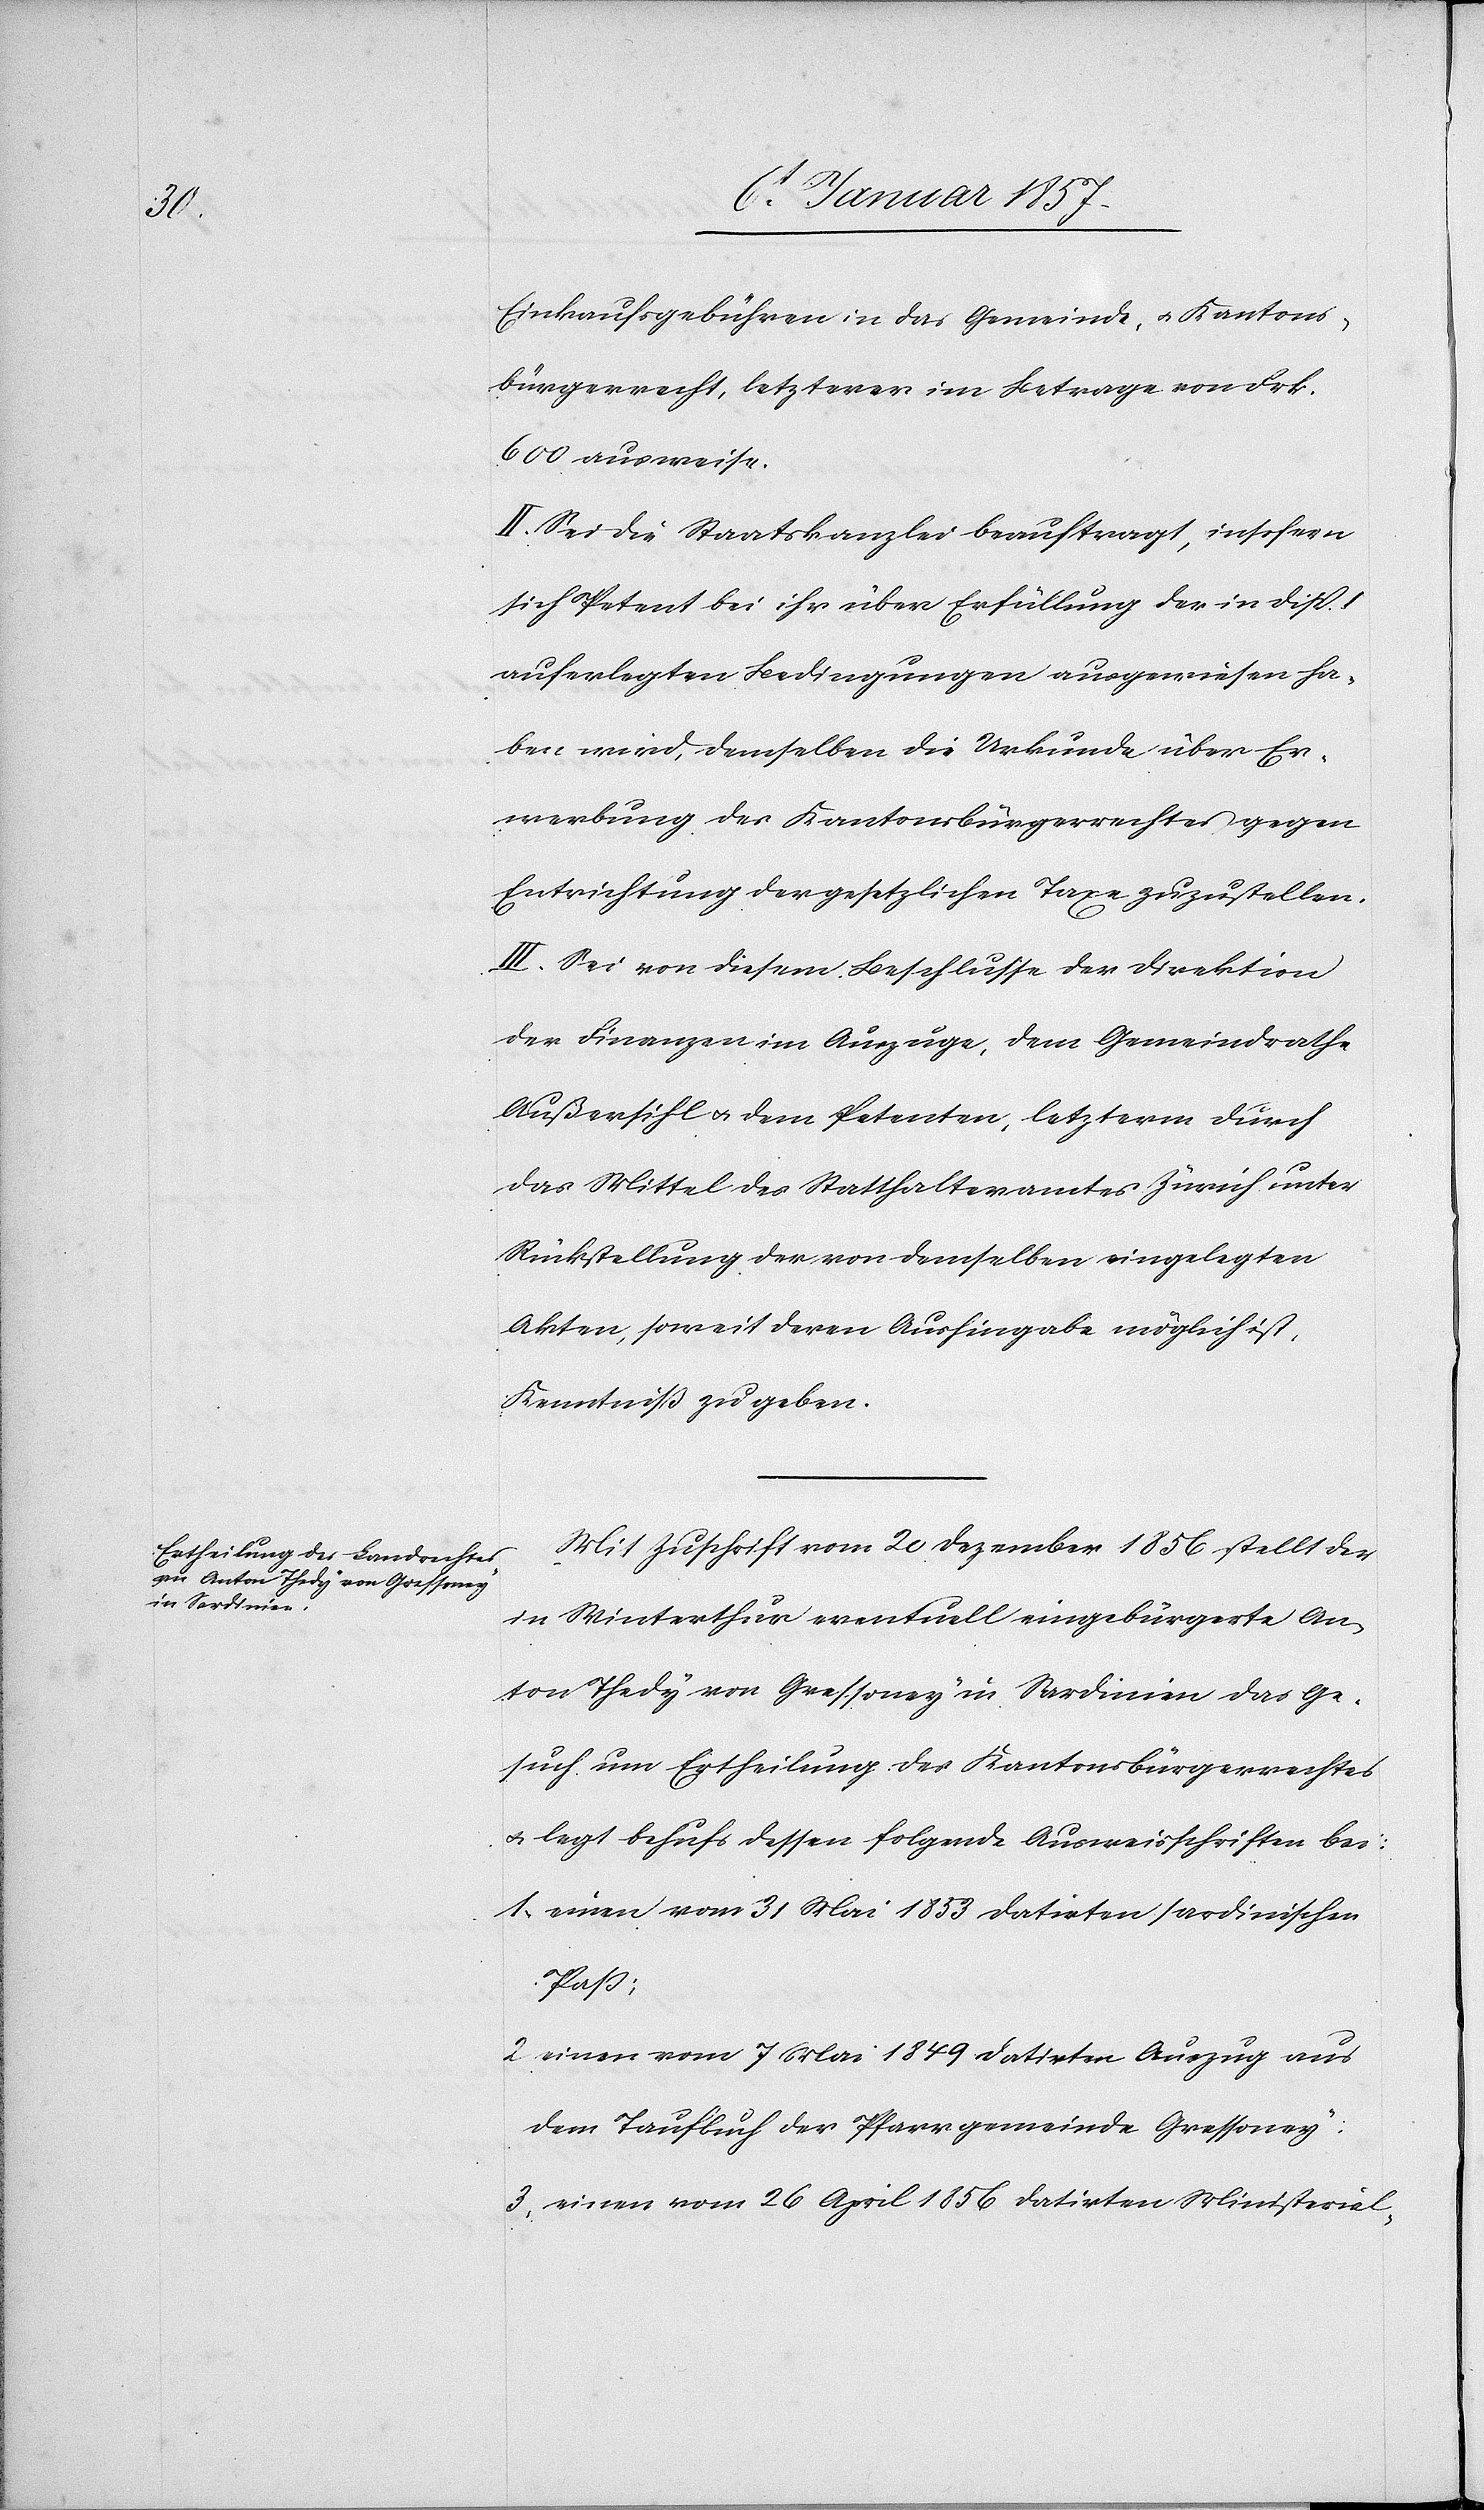
Einkaufsgebühren in das Gemeinde- u. Kantons¬
bürgerrecht, letzterer im Betrage von Frk.
600 ausweise.
II. Sei die Staatskanzlei beauftragt, insofern
sich Petent bei ihr über Erfüllung der in Disp. I
auferlegten Bedingungen ausgewiesen ha¬
ben wird, demselben die Urkunde über Er¬
werbung des Kantonsbürgerrechtes gegen
Entrichtung der gesetzlichen Taxe zuzustellen.
III. Sei von diesem Beschlusse der Direktion
der Finanzen im Auszuge, dem Gemeindrathe
Außersihl u. dem Petenten, letzterm durch
das Mittel des Statthalteramtes Zürich unter
Rückstellung der von demselben eingelegten
Akten, soweit deren Aushingabe möglich ist,
Kenntniß zu geben.
Mit Zuschrift vom 20 Dezember 1856 stellt der
in Winterthur eventuell eingebürgerte An¬
ton Thedy von Gressoney in Sardinien das Ge¬
such um Ertheilung des Kantonsbürgerrechtes
u. legt behufs dessen folgende Ausweisschriften bei:
1. einen vom 31 Mai 1853 datirten sardinischen
Paß;
2. einen vom 7 Mai 1849 datirten Auszug aus
dem Taufbuch der Pfarrgemeinde Gressoney;
3. einen vom 26 April 1856 datirten Ministerial-